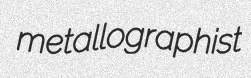
metallographist